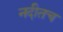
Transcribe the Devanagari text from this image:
नदीतच